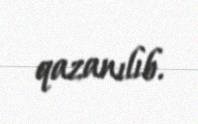
qazanılıb.